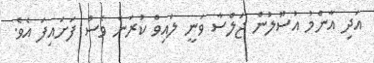
އަދި އާންމު އުސޫލުން ޖަލްސާ ވަނީ ލައިވް ކުރަން ވެސް ފަށައިފަ އެވެ.